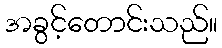
အခွင့်တောင်းသည်။